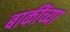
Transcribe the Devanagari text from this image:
बाकींच्या